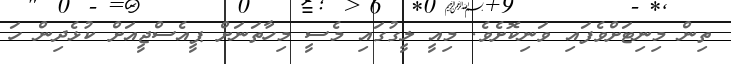
ތިން މިނިޓަށްވެފައި ވަނިކޮށެވެ. މިއީ ލީގުގައި މެސީ މިހާތަނަށް ޕީއެސްޖީއަށް ކުޅެދިން ހަ